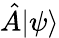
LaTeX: {\hat{A}}|\psi\rangle